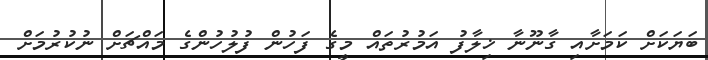
ބަޔަކަށް ކަމަށާއި ގާނޫނާ ޚިލާފު އަމުރުތައް މީގެ ފަހުން ފުލުހުންގެ މައްޗަށް ނުކުރުމަށް